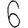
Digit: 6